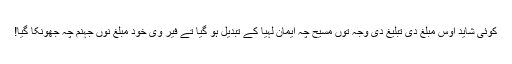
کوئی شاید اُوس مبلغ دی تبلیغ دی وجہ توں مسیح چہ ایمان لہیا کے تبدیل ہو گیا تے فیر وی خود مبلغ نوں جہنم چہ جھونکا گیا!